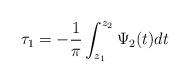
LaTeX: \begin{align*}\tau_{1}=-\frac{1}{\pi}\int_{z_{1}}^{z_{2}}\Psi_{2}(t)dt\end{align*}